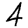
Digit: 4